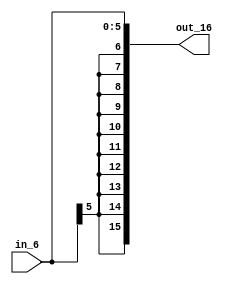
module Sign_Extenter_6bit(out_16, in_6);

output [15:0] out_16;
input [5:0] in_6;

assign out_16 = {{10{in_6[5]}},in_6[5:0]};

endmodule